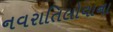
નવરાતિલોવાના